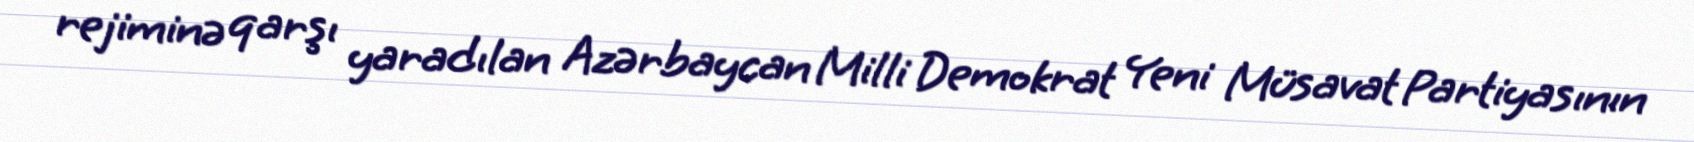
rejiminə qarşı yaradılan Azərbaycan Milli Demokrat Yeni Müsavat Partiyasının